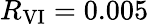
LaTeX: R_{\mathrm{VI}}=0.005